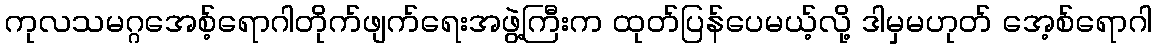
ကုလသမဂ္ဂအေစ့်ရောဂါတိုက်ဖျက်ရေးအဖွဲ့ကြီးက ထုတ်ပြန်ပေမယ့်လို့ ဒါမှမဟုတ် အေ့စ်ရောဂါ